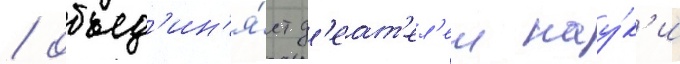
/ объед'ин'я́ет д'еат'ел'еи нау́к'и